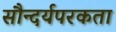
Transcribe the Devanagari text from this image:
सौन्दर्यपरकता